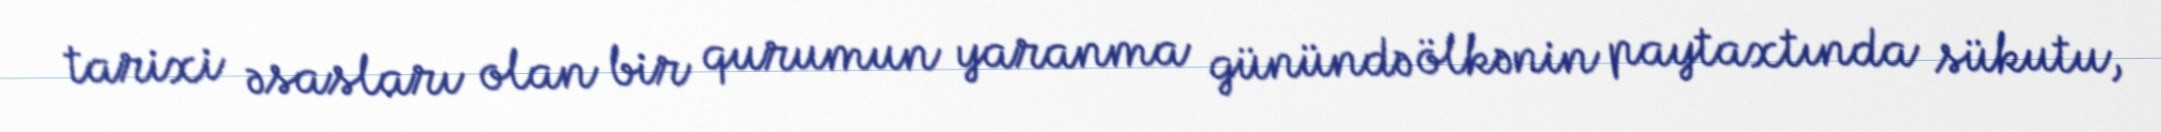
tarixi əsasları olan bir qurumun yaranma günündə ölkənin paytaxtında sükutu,